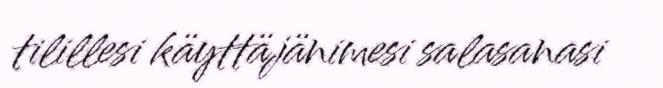
tilillesi käyttäjänimesi salasanasi